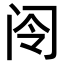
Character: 𫠂